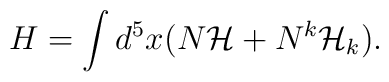
H = \int d^5x ( N {\cal H} + N^k {\cal H}_k).